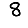
Digit: 8